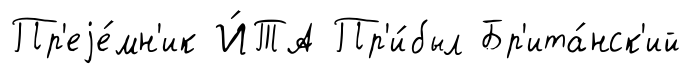
Пр'еjе́мн'ик И́ТА Пр'и́был Бр'ита́нск'ий